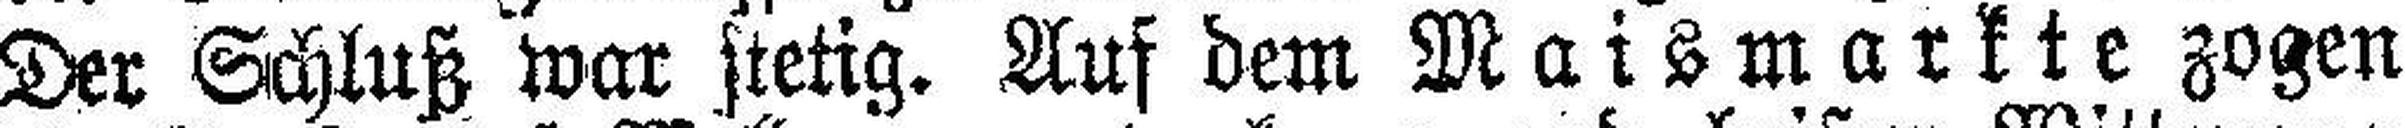
Der Schluß war stetig. Auf dem Maismarkte zogen